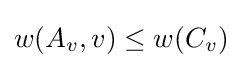
w(A_{v},v)\leq w(C_{v})